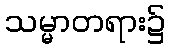
သမ္မာတရား၌